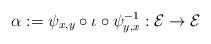
LaTeX: \begin{align*} \alpha := \psi_{x,y} \circ \iota \circ \psi_{y,x}^{-1}:\mathcal E\to \mathcal E\end{align*}